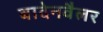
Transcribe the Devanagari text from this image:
बादेनवैलर